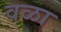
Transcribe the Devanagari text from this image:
वळा